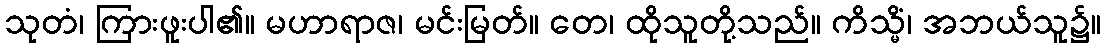
သုတံ၊ ကြားဖူးပါ၏။ မဟာရာဇ၊ မင်းမြတ်။ တေ၊ ထိုသူတို့သည်။ ကိသ္မိံ၊ အဘယ်သူ၌။